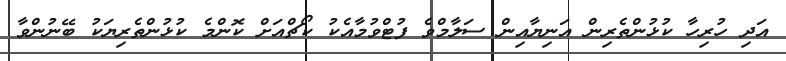
އަދި ހުރިހާ ކުޅުންތެރިން އަނިޔާއިން ސަލާމްވެ ފުޓްވުމާއެކު ކޯޗްއަށް ކޮންމެ ކުޅުންތެރިޔަކު ބޭނުންވާ